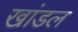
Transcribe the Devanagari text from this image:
खांडल